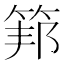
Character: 𥮇